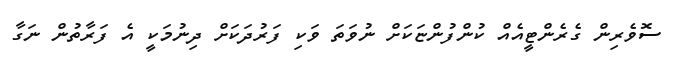
ސޮވެރިން ގެރެންޓީއެއް ކުންފުންޏަކަށް ނުވަތަ ވަކި ފަރުދަކަށް ދިނުމަކީ އެ ފަރާތުން ނަގާ